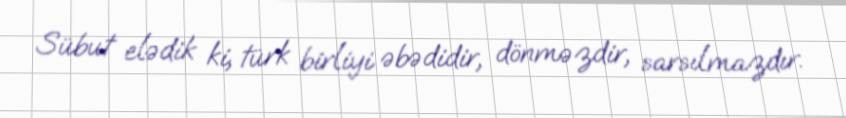
Sübut elədik ki, türk birliyi əbədidir, dönməzdir, sarsılmazdır.